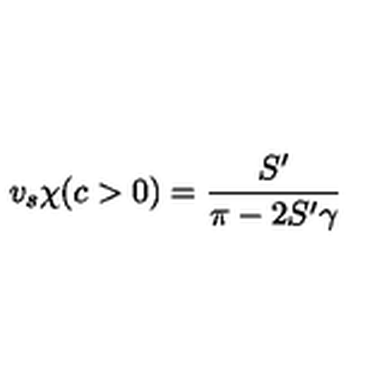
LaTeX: v _ { s } \chi ( c > 0 ) = \frac { S ^ { \prime } } { \pi - 2 S ^ { \prime } \gamma }